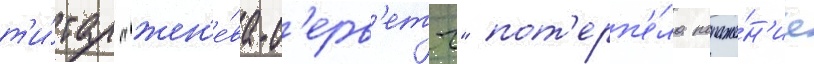
т'и́тул "жен'е́ва-с'ерв'етт" пот'ерп'е́ла пораже́н'ие